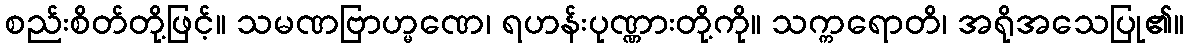
စည်းစိတ်တို့ဖြင့်။ သမဏဗြာဟ္မဏေ၊ ရဟန်းပုဏ္ဏားတို့ကို။ သက္ကရောတိ၊ အရိုအသေပြု၏။